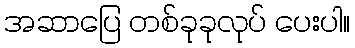
အဆာပြေ တစ်ခုခုလုပ် ပေးပါ။